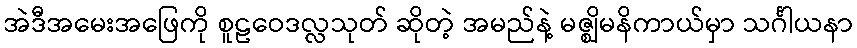
အဲဒီအမေးအဖြေကို စူဠဝေဒလ္လသုတ် ဆိုတဲ့ အမည်နဲ့ မဇ္ဈိမနိကာယ်မှာ သင်္ဂါယနာ